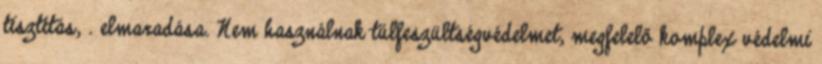
tisztítás, . elmaradása. Nem használnak túlfeszültségvédelmet, megfelelő komplex védelmi